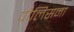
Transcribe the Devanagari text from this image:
पोलिसना